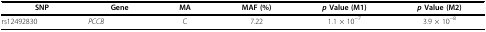
<table><thead><tr><td><b>SNP</b></td><td><b>Gene</b></td><td><b>MA</b></td><td><b>MAF (%)</b></td><td><b><i>p </i>Value (M1)</b></td><td><b><i>p </i>Value (M2)</b></td></tr></thead><tbody><tr><td>rs12492830</td><td><i>PCCB</i></td><td>C</td><td>7.22</td><td>1.1 × 10<sup>−7</sup></td><td>3.9 × 10<sup>−8</sup></td></tr></tbody></table>